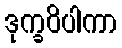
ဒုက္ခဝိပါကာ